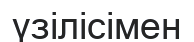
үзілісімен